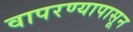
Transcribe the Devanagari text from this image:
वापरण्यापासून